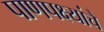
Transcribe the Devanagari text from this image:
पाणपक्ष्यांचे